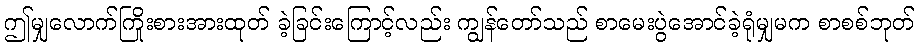
ဤမျှလောက်ကြိုးစားအားထုတ် ခဲ့ခြင်းကြောင့်လည်း ကျွန်တော်သည် စာမေးပွဲအောင်ခဲ့ရုံမျှမက စာစစ်ဘုတ်